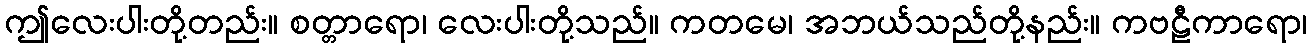
ဤလေးပါးတို့တည်း။ စတ္တာရော၊ လေးပါးတို့သည်။ ကတမေ၊ အဘယ်သည်တို့နည်း။ ကဗဠီကာရော၊